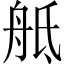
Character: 𦨢